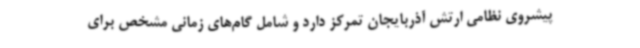
پیشروی نظامی ارتش آذربایجان تمرکز دارد و شامل گام‌های زمانی مشخص برای